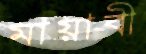
মায়াবী